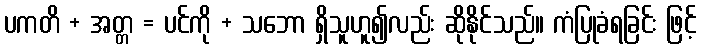
ပကတိ + အတ္တ = ပင်ကို + သဘော ရှိသူဟူ၍လည်း ဆိုနိုင်သည်။ ကံပြုခံရခြင်း ဖြင့်